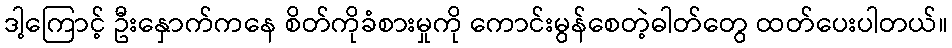
ဒါ့ကြောင့် ဦးနှောက်ကနေ စိတ်ကိုခံစားမှုကို ကောင်းမွန်စေတဲ့ဓါတ်တွေ ထတ်ပေးပါတယ်။